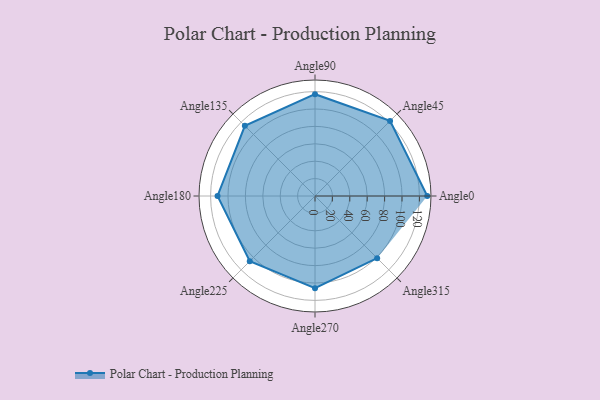
{"axis": {"x": "Angle", "y": "Radius"}, "legend": [""], "data": [{"x": "Angle0", "y": 129.0, "type": ""}, {"x": "Angle45", "y": 122.0, "type": ""}, {"x": "Angle90", "y": 117.0, "type": ""}, {"x": "Angle135", "y": 114.0, "type": ""}, {"x": "Angle180", "y": 112.0, "type": ""}, {"x": "Angle225", "y": 106.0, "type": ""}, {"x": "Angle270", "y": 106.0, "type": ""}, {"x": "Angle315", "y": 101.0, "type": ""}]}